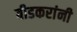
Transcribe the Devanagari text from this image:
बीडकरांनी